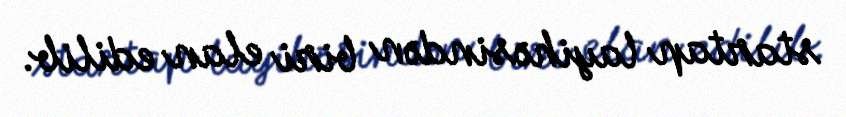
startap layihəsindən biri elan edilib.